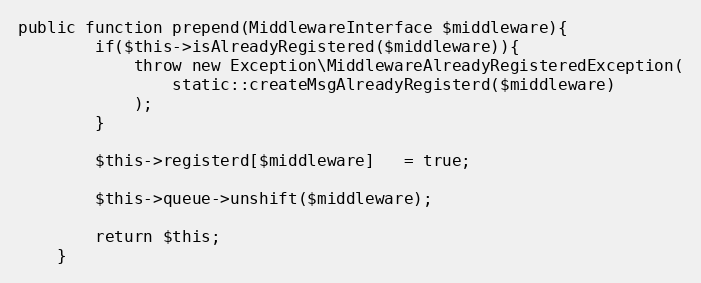
Language: PHP
public function prepend(MiddlewareInterface $middleware){
        if($this->isAlreadyRegistered($middleware)){
            throw new Exception\MiddlewareAlreadyRegisteredException(
                static::createMsgAlreadyRegisterd($middleware)
            );
        }

        $this->registerd[$middleware]   = true;

        $this->queue->unshift($middleware);

        return $this;
    }